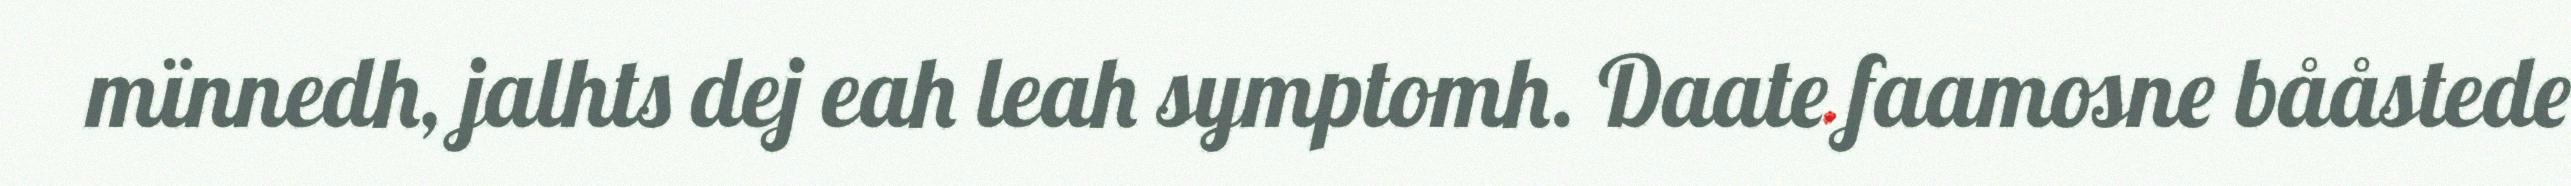
mïnnedh, jalhts dej eah leah symptomh. Daate faamosne bååstede